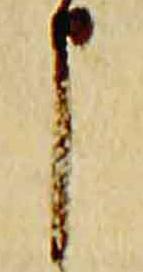
申